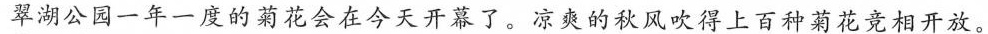
翠湖公园一年一度的菊花会在今天开幕了。凉爽的秋风吹得上百种菊花竞相开放。